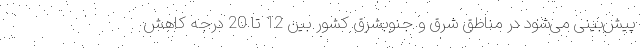
پیش‌بینی‌ می‌شود در مناطق شرق و جنوبشرق کشور بین 12 تا 20 درجه کاهش